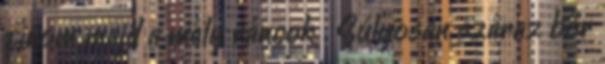
finom majd a mély ráncok . Súlyosan száraz bőr